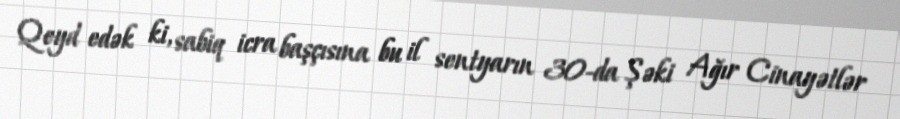
Qeyd edək ki, sabiq icra başçısına bu il sentyarın 30-da Şəki Ağır Cinayətlər